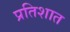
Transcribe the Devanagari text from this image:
प्रतिशात